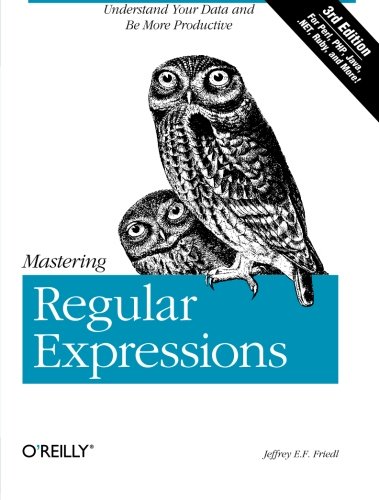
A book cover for Mastering Regular Expressions; Jeffrey E. F. Friedl; Computers & Technology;